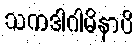
သကဒါဂါမိနာပိ